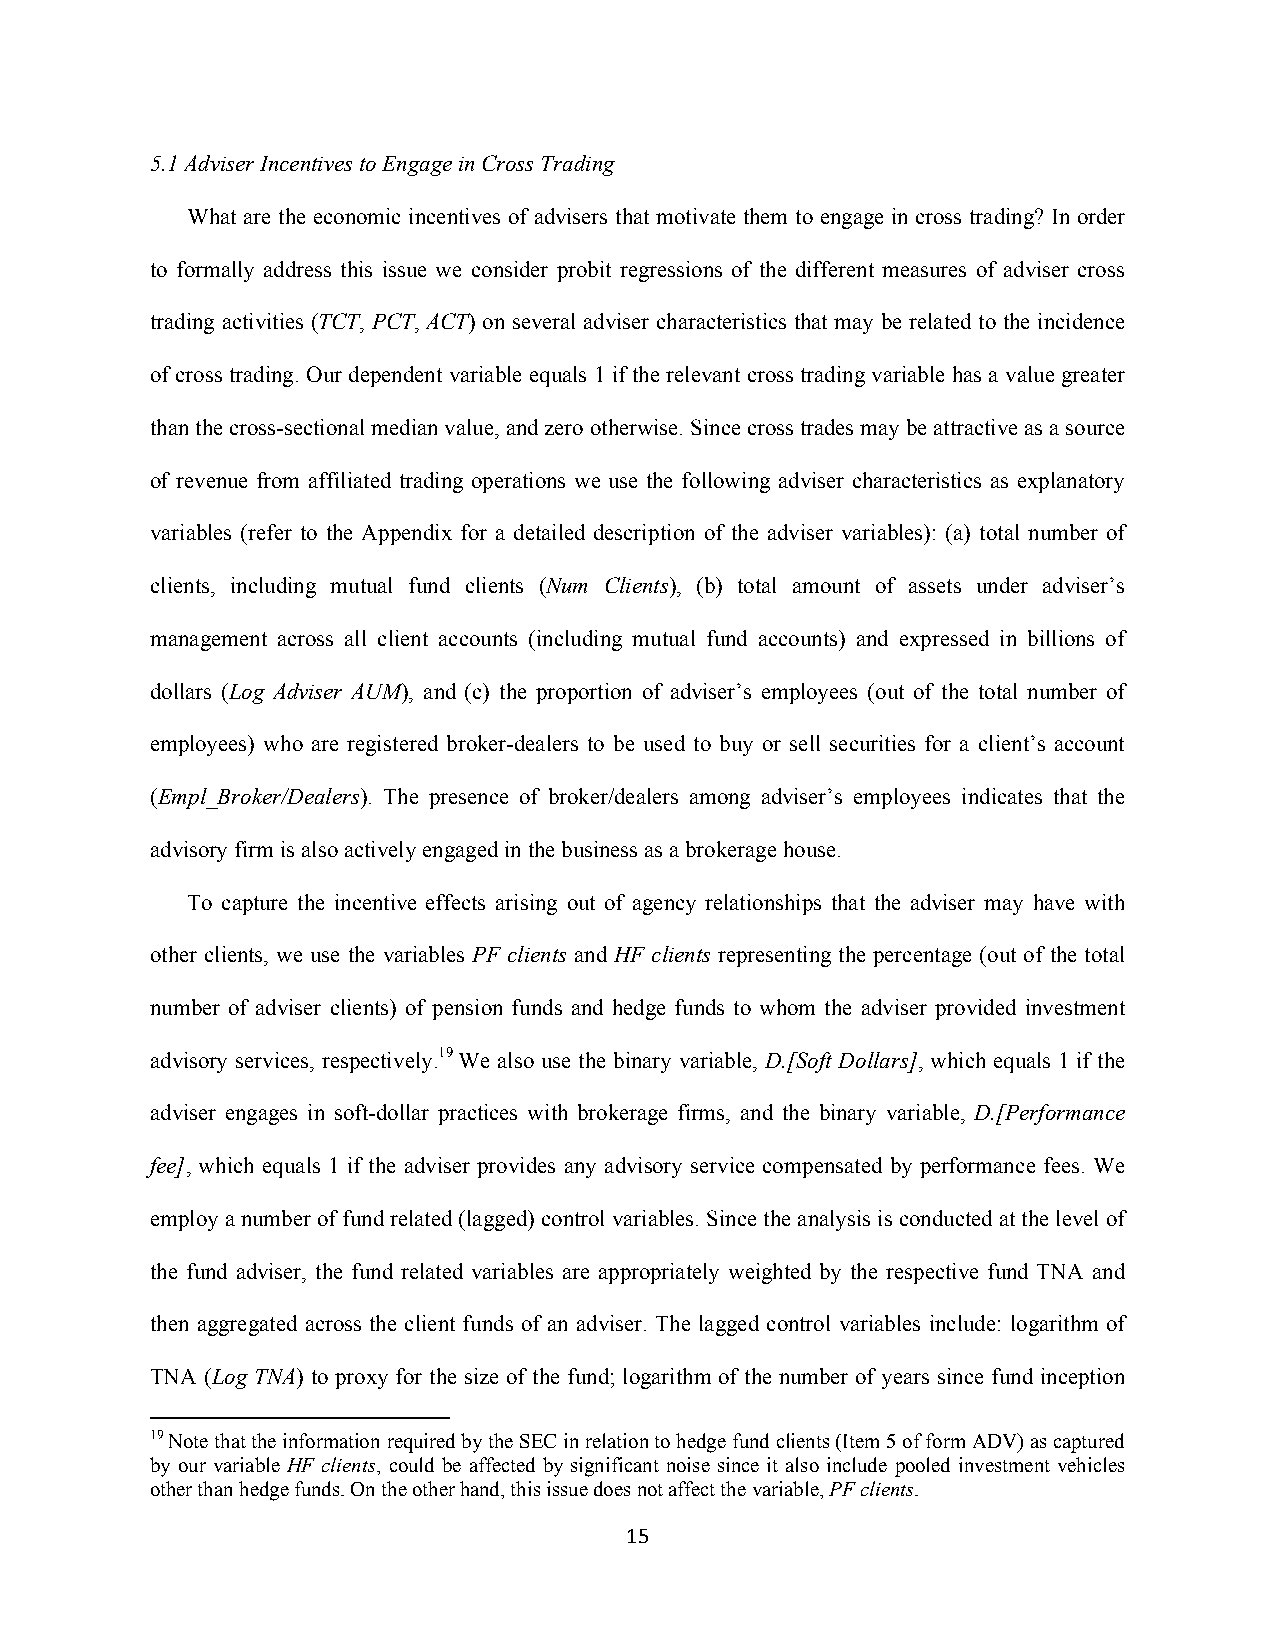
5.1 Adviser Incentives to Engage in Cross Trading
 What are the economic incentives of advisers that motivate them to engage in cross trading? In order
 to formally address this issue we consider probit regressions of the different measures of adviser cross
 trading activities (TCT, PCT, ACT) on several adviser characteristics that may be related to the incidence
 of cross trading. Our dependent variable equals 1 if the relevant cross trading variable has a value greater
 than the cross-sectional median value, and zero otherwise. Since cross trades may be attractive as a source
 of revenue from affiliated trading operations we use the following adviser characteristics as explanatory
 variables (refer to the Appendix for a detailed description of the adviser variables): (a) total number of
 clients, including mutual fund clients (Num Clients), (b) total amount of assets under adviser’s
 management across all client accounts (including mutual fund accounts) and expressed in billions of
 dollars (Log Adviser AUM), and (c) the proportion of adviser’s employees (out of the total number of
 employees) who are registered broker-dealers to be used to buy or sell securities for a client’s account
 (Empl_Broker/Dealers). The presence of broker/dealers among adviser’s employees indicates that the
 advisory firm is also actively engaged in the business as a brokerage house.
 To capture the incentive effects arising out of agency relationships that the adviser may have with
 other clients, we use the variables PF clients and HF clients representing the percentage (out of the total
 number of adviser clients) of pension funds and hedge funds to whom the adviser provided investment
 advisory services, respectively.19 We also use the binary variable, D.[Soft Dollars], which equals 1 if the
 adviser engages in soft-dollar practices with brokerage firms, and the binary variable, D.[Performance
 fee], which equals 1 if the adviser provides any advisory service compensated by performance fees. We
 employ a number of fund related (lagged) control variables. Since the analysis is conducted at the level of
 the fund adviser, the fund related variables are appropriately weighted by the respective fund TNA and
 then aggregated across the client funds of an adviser. The lagged control variables include: logarithm of
 TNA (Log TNA) to proxy for the size of the fund; logarithm of the number of years since fund inception
 19 Note that the information required by the SEC in relation to hedge fund clients (Item 5 of form ADV) as captured
 by our variable HF clients, could be affected by significant noise since it also include pooled investment vehicles
 other than hedge funds. On the other hand, this issue does not affect the variable, PF clients.
 15